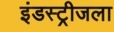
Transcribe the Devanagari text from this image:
इंडस्ट्रीजला